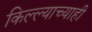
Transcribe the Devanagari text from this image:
किल्ल्याच्याही